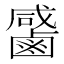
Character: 𪉳